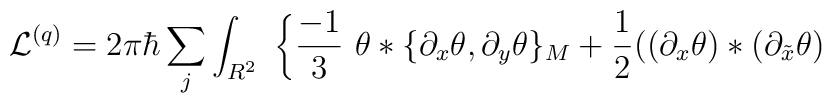
{\cal L}^{(q)} = 2 \pi \hbar \sum_j \int_{R^2} \ \bigg\{ \frac{-1}{3} \  \theta * \{ \partial_x \theta , \partial_y \theta \}_M + \frac{1}{2} \big( (\partial_x \theta) * (\partial_{\tilde x} \theta)